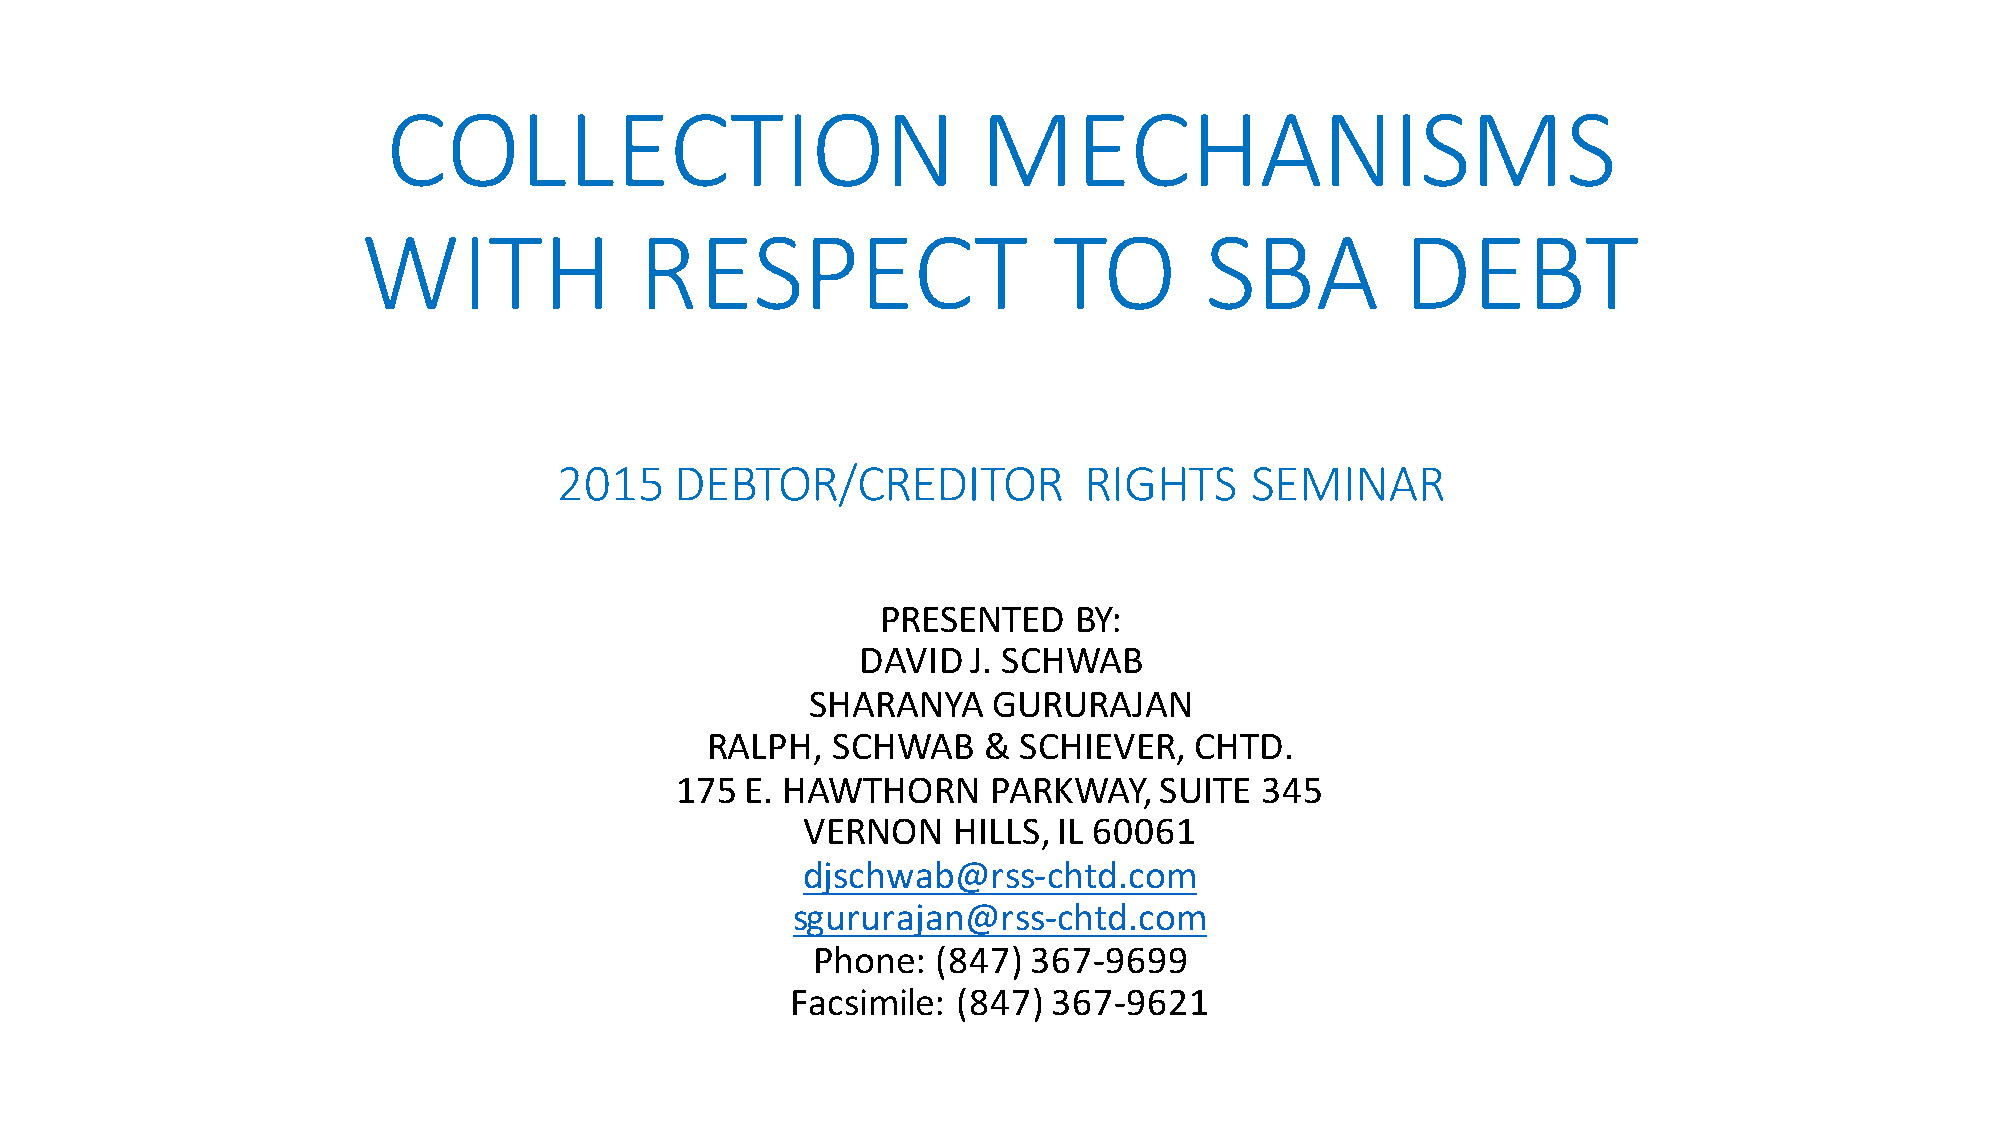
COLLECTION                             MECHANISMS
 WITH              RESPECT                     TO        SBA          DEBT
 2015    DEBTOR/CREDITOR            RIGHTS     SEMINAR
 PRESENTED    BY:
 DAVID  J. SCHWAB
 SHARANYA    GURURAJAN
 RALPH,  SCHWAB    & SCHIEVER,   CHTD.
 175 E. HAWTHORN      PARKWAY,   SUITE 345
 VERNON    HILLS, IL 60061
 djschwab@rss-chtd.com
 sgururajan@rss-chtd.com
 Phone:  (847) 367-9699
 Facsimile: (847)  367-9621